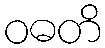
ဝဓတိ